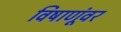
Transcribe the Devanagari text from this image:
विषाणूंवर